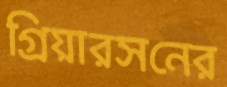
গ্রিয়ারসনের